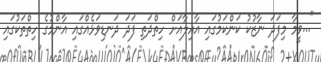
"...ވީމާ މިފަދަ ނާޒުކު ކަންކަމުގައި އާއިލާއަށް ހިތްދަތި ފަދަ ދަނޑިވަޅެއްގައި އާންމުގެ ހިތްތަކުގައި